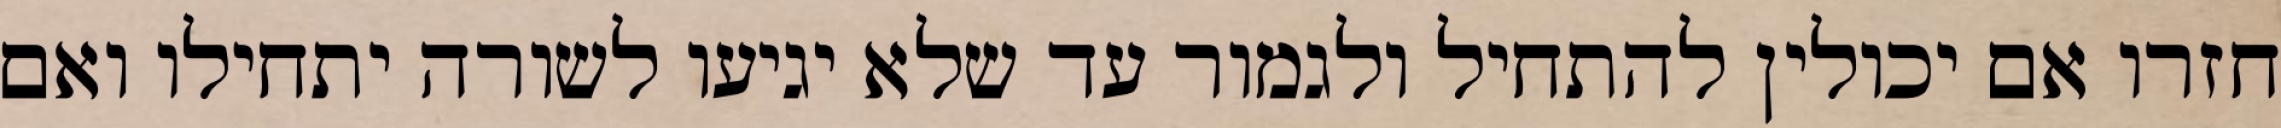
חזרו אם יכולין להתחיל ולגמור עד שלא יגיעו לשורה יתחילו ואם